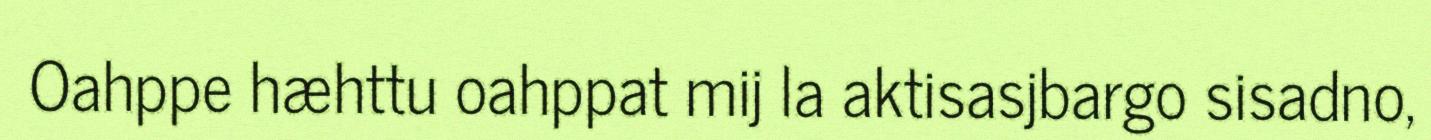
Oahppe hæhttu oahppat mij la aktisasjbargo sisadno,